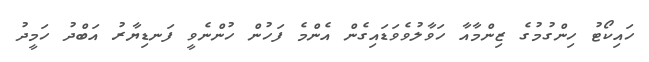
ހައިކޯޓު ހިންގުމުގެ ޒިންމާއާ ހަވާލުވެވަޑައިގެން އެންމެ ފަހުން ހުންނެވީ ފަނޑިޔާރު އަބްދު ހަމީދު